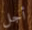
أجل